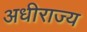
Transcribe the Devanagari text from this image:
अधीराज्य